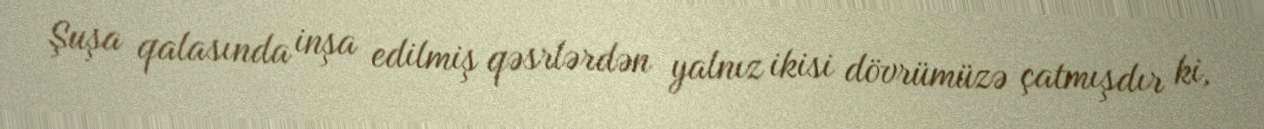
Şuşa qalasında inşa edilmiş qəsrlərdən yalnız ikisi dövrümüzə çatmışdır ki,